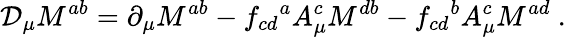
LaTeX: {\cal D}_{\mu}M^{ab}=\partial_{\mu}M^{ab}-f_{cd}{}^{a}A_{\mu}^{c}M^{db}-f_{cd}{}^{b}A_{\mu}^{c}M^{ad}\ .